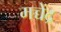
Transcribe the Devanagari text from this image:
मच्चेंद्र